Indian journal of veterinary science and animal husbandry - Volumes 22-23, 1952-1953
Year: 1952
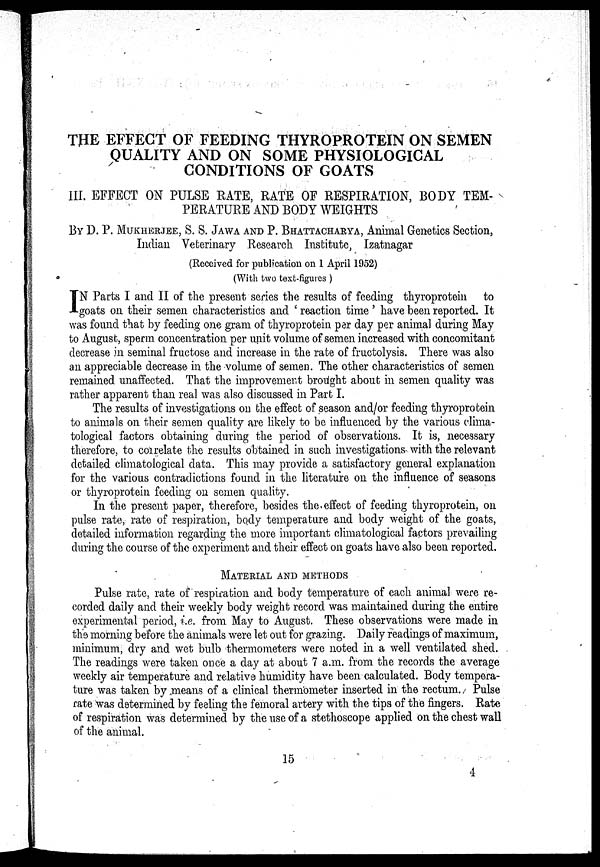
THE EFFECT OF FEEDING THYROPROTEIN ON SEMEN
QUALITY AND ON SOME PHYSIOLOGICAL
CONDITIONS OF GOATS
III. EFFECT ON PULSE RATE, RATE OF RESPIRATION, BODY TEM-
PERATURE AND BODY WEIGHTS
BY D. P. MUKHERJEE, S. S. JAWA AND P. BHATTACHARYA, Animal Genetics Section,
Indian Veterinary Research Institute, Izatnagar
(Received for publication on 1 April 1952)
(With two text-figures)
I N Parts I and II of the present series the results of feeding thyroprotein to
goats on their semen characteristics and 'reaction time' have been reported. It
was found that by feeding one gram of thyroprotein per day per animal during May
to August, sperm concentration per unit volume of semen increased with concomitant
decrease in seminal fructose and increase in the rate of fructolysis. There was also
an appreciable decrease in the volume of semen. The other characteristics of semen
remained unaffected. That the improvement brought about in semen quality was
rather apparent than real was also discussed in Part I.
The results of investigations on the effect of season and/or feeding thyroprotein
to animals on their semen quality are likely to be influenced by the various clima-
tological factors obtaining during the period of observations. It is, necessary
therefore, to correlate the results obtained in such investigations with the relevant
detailed climatological data. This may provide a satisfactory general explanation
for the various contradictions found in the literature on the influence of seasons
or thyroprotein feeding on semen quality.
In the present paper, therefore, besides the effect of feeding thyroprotein, on
pulse rate, rate of respiration, body temperature and body weight of the goats,
detailed information regarding the more important climatological factors prevailing
during the course of the experiment and their effect on goats have also been reported.
MATERIAL AND METHODS
Pulse rate, rate of respiration and body temperature of each animal were re-
corded daily and their weekly body weight record was maintained during the entire
experimental period, i.e. from May to August. These observations were made in
the morning before the animals were let out for grazing. Daily readings of maximum,
minimum, dry and wet bulb thermometers were noted in a well ventilated shed.
The readings were taken once a day at about 7 a.m. from the records the average
weekly air temperature and relative humidity have been calculated. Body tempera-
ture was taken by means of a clinical thermometer inserted in the rectum. Pulse
rate was determined by feeling the femoral artery with the tips of the fingers. Rate
of respiration was determined by the use of a stethoscope applied on the chest wall
of the animal.
15
4